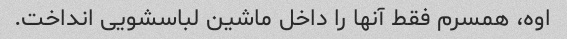
اوه، همسرم فقط آنها را داخل ماشین لباسشویی انداخت.